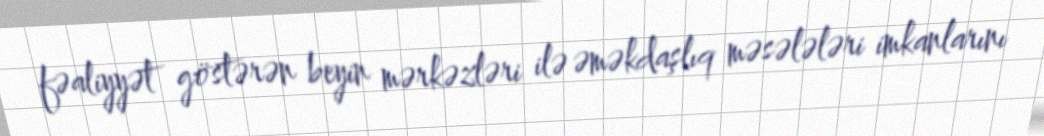
fəaliyyət göstərən beyin mərkəzləri ilə əməkdaşlıq məsələləri imkanlarını